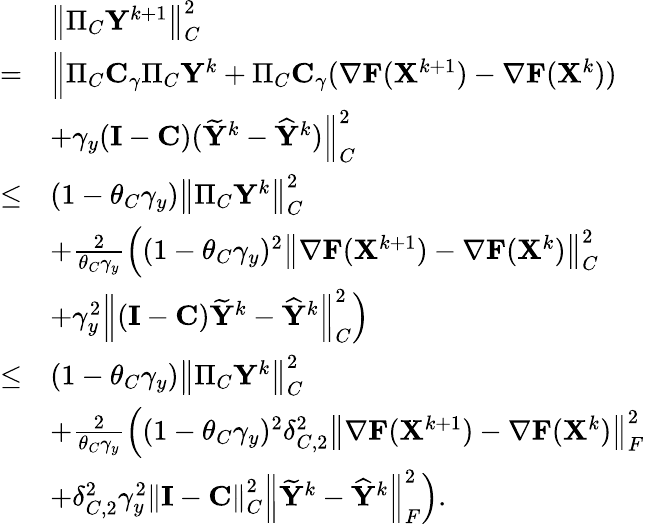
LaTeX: \begin{array}{rl}&{\left\| \Pi_{C}{\mathbf{Y}}^{k+1}\right\| _{C}^{2}}\\ {=}&{\Big\Vert\Pi_{C}{\mathbf{C}}_{\gamma}\Pi_{C}{\mathbf{Y}}^{k}+\Pi_{C}{\mathbf{C}}_{\gamma}(\nabla{\mathbf{F}}({\mathbf{X}}^{k+1})-\nabla{\mathbf{F}}({\mathbf{X}}^{k}))}\\ &{+\gamma_{y}({\mathbf{I}}-{\mathbf{C}})(\widetilde{{\mathbf{Y}}}^{k}-\widehat{{\mathbf{Y}}}^{k})\Big\Vert_{C}^{2}}\\ {\leq}&{(1-\theta_{C}\gamma_{y})\left\| \Pi_{C}{\mathbf{Y}}^{k}\right\| _{C}^{2}}\\ &{+\frac{2}{\theta_{C}\gamma_{y}}\Big((1-\theta_{C}\gamma_{y})^{2}\left\| \nabla{\mathbf{F}}({\mathbf{X}}^{k+1})-\nabla{\mathbf{F}}({\mathbf{X}}^{k})\right\| _{C}^{2}}\\ &{+\gamma_{y}^{2}\left\| ({\mathbf{I}}-{\mathbf{C}})\widetilde{{\mathbf{Y}}}^{k}-\widehat{{\mathbf{Y}}}^{k}\right\| _{C}^{2}\Big)}\\ {\leq}&{(1-\theta_{C}\gamma_{y})\left\| \Pi_{C}{\mathbf{Y}}^{k}\right\| _{C}^{2}}\\ &{+\frac{2}{\theta_{C}\gamma_{y}}\Big((1-\theta_{C}\gamma_{y})^{2}\delta_{C,2}^{2}\left\| \nabla{\mathbf{F}}({\mathbf{X}}^{k+1})-\nabla{\mathbf{F}}({\mathbf{X}}^{k})\right\| _{F}^{2}}\\ &{+\delta_{C,2}^{2}\gamma_{y}^{2}\left\| {\mathbf{I}}-{\mathbf{C}}\right\| _{C}^{2}\left\| \widetilde{{\mathbf{Y}}}^{k}-\widehat{{\mathbf{Y}}}^{k}\right\| _{F}^{2}\Big).}\end{array}